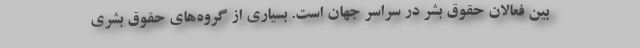
بین فعالان حقوق بشر در سراسر جهان است. بسیاری از گروه‌های حقوق بشری